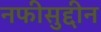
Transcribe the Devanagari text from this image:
नफीसुद्दीन